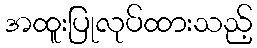
အထူးပြုလုပ်ထားသည့်